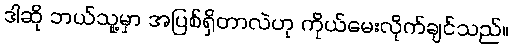
ဒါဆို ဘယ်သူ့မှာ အပြစ်ရှိတာလဲဟု ကိုယ်မေးလိုက်ချင်သည်။